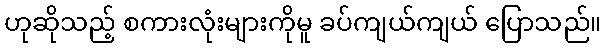
ဟုဆိုသည့် စကားလုံးများကိုမူ ခပ်ကျယ်ကျယ် ပြောသည်။